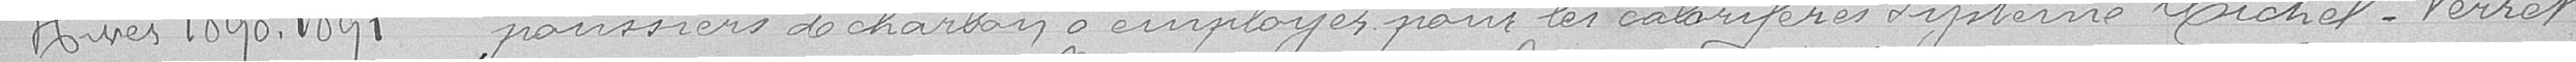
Hiver 1890-1891 poussières de charbons à employer pour les calorifères système Michel-Perret